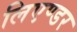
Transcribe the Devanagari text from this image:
लिएण्डर